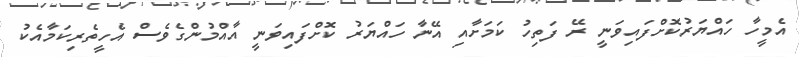
އެމީހާ ހައްޔަރުކޮށްފައިވަނީ ރޭ ފަތިހު ކަމަށާއި އޭނާ ހައްޔަރު ކޮށްފައިވަނީ އާއްމުންގެވެސް އެހީތެރިކަމާއެކު